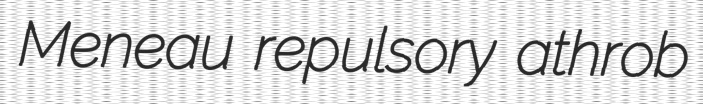
Meneau repulsory athrob